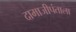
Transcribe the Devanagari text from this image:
दामाजीपंताला